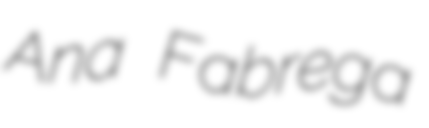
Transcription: Ana Fabrega